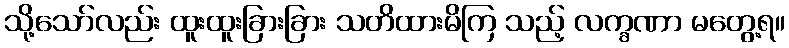
သို့သော်လည်း ထူးထူးခြားခြား သတိထားမိကြ သည့် လက္ခဏာ မတွေ့ရ။